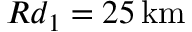
R d _ { 1 } = 2 5 \, \mathrm { k m }